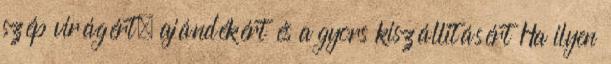
szép virágért, ajándékért és a gyors kiszállitásért Ha ilyen